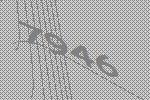
7946